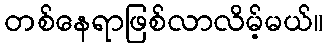
တစ်နေရာဖြစ်လာလိမ့်မယ်။